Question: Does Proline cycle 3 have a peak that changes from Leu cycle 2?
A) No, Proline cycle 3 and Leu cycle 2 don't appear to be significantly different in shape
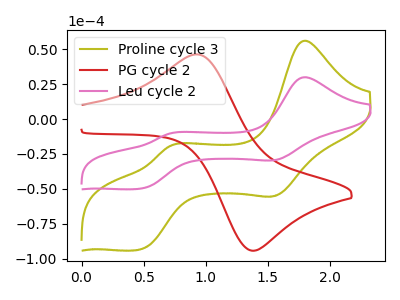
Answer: <think>The olive curve "Proline cycle 3" has anodic peaks at (1.80V, 56.15uA) (0.70V, -19.30uA) and cathodic peaks at (1.55V, -54.65uA) (0.45V, -93.45uA). The red curve "PG cycle 2" has an anodic peak at (0.95V, 46.30uA) and a cathodic peak at (1.40V, -94.30uA). The pink curve "Leu cycle 2" has anodic peaks at (1.80V, 29.95uA) (0.70V, -10.30uA) and cathodic peaks at (1.55V, -29.15uA) (0.45V, -49.90uA).
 All the peaks in "Proline cycle 3" have a peak in "Leu cycle 2" at the same potential.</think>
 <answer>A) No, "Proline cycle 3" and "Leu cycle 2" don't appear to be significantly different in shape</answer>
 <eval>A</eval>